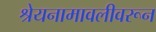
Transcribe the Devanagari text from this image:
श्रेयनामावलीवरून